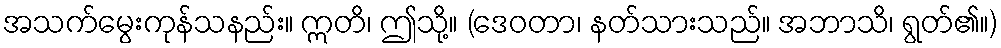
အသက်မွေးကုန်သနည်း။ ဣတိ၊ ဤသို့။ (ဒေဝတာ၊ နတ်သားသည်။ အဘာသိ၊ ရွတ်၏။)